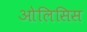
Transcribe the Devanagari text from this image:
ओलिसिस